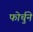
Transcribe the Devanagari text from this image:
फोर्चुने